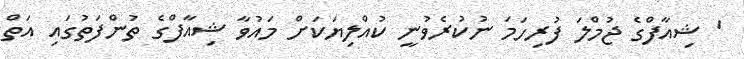
' ޝިއާފްގެ ޖުމްލަ ފުރިހަމަ ނުކުރެވުނީ ކުއްލިޔަކަށް މައުވާ ޝިއާފްގެ ތުންފަތުގައި އަތް